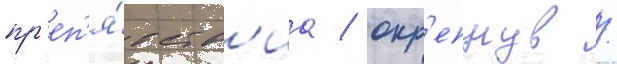
пр'еп'я́тств'иа / окр'епнув /